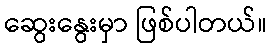
ဆွေးနွေးမှာ ဖြစ်ပါတယ်။